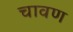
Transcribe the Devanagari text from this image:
चावण